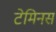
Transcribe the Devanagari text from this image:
टेमिनस